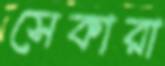
সেকারা